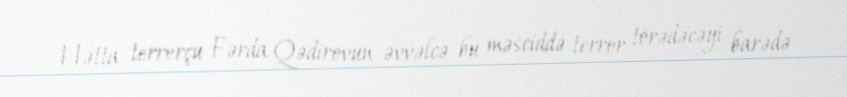
Hətta terrorçu Fərda Qədirovun əvvəlcə bu məsciddə terror törədəcəyi barədə